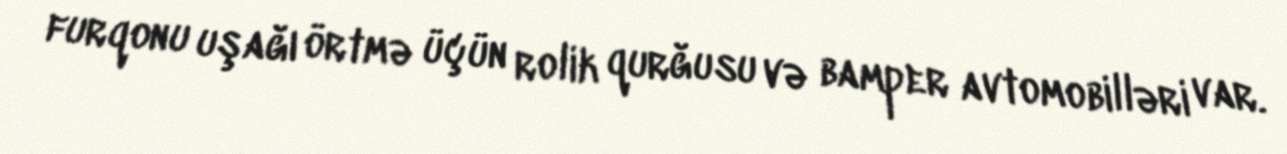
furqonu uşağı örtmə üçün rolik qurğusu və bamper avtomobilləri var.